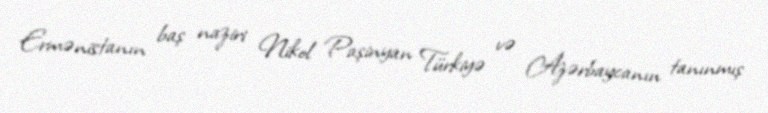
Ermənistanın baş naziri Nikol Paşinyan Türkiyə və Azərbaycanın tanınmış